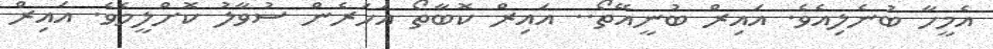
އެމީހާ ބުނެލިއެވެ. އައިރް ބުނީއޭތޯ.. އައިރް ކޮބާތޯ އަހަރެން ސުވާލު ކޮށްލީމެވެ. އައިރް